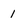
Character: 1